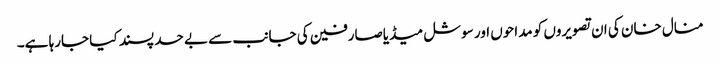
منال خان کی ان تصویروں کو مداحوں اور سوشل میڈیاصارفین کی جانب سے بے حد پسند کیا جارہا ہے۔